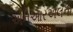
એનઆરએલની